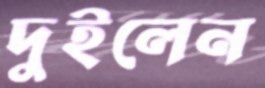
দুইলেন